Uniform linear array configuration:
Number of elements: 12
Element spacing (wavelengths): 0.75
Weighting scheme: hamming
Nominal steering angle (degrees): -60
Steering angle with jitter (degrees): -58.135
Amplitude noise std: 0.05
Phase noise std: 0.05

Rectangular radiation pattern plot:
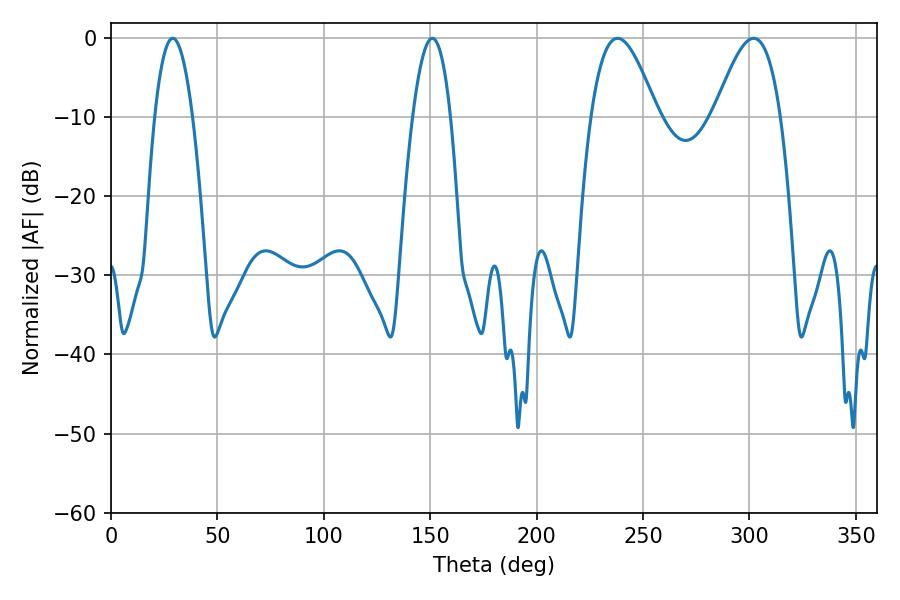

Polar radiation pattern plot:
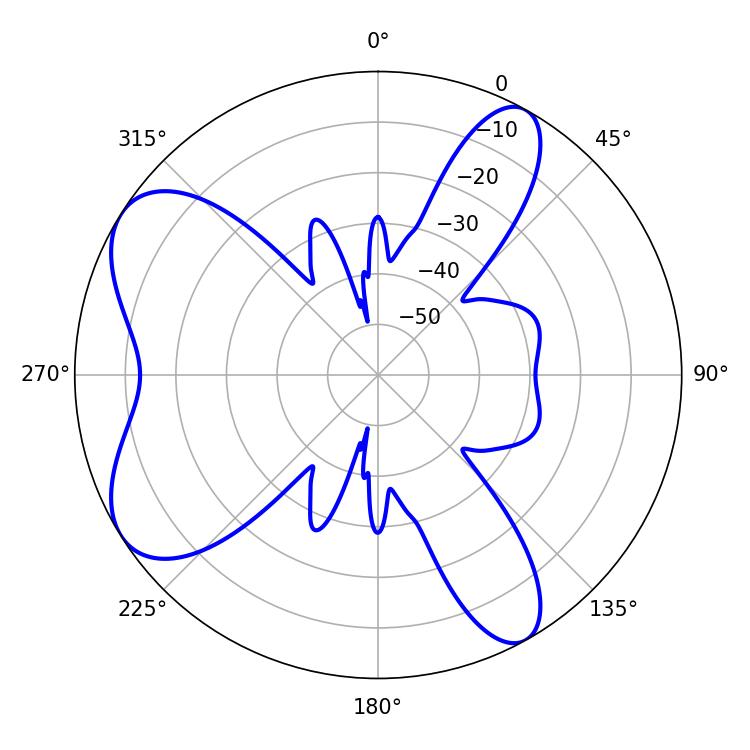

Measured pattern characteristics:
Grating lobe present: TRUE
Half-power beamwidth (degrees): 9.72
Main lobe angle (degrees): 28.98